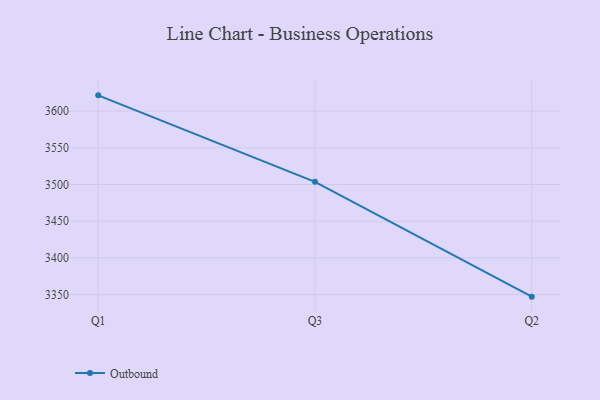
{"axis": {"x": "Quarter", "y": "Market Share (%)"}, "legend": ["Outbound"], "data": [{"x": "Q1", "y": 3621.5, "type": "Outbound"}, {"x": "Q3", "y": 3503.7, "type": "Outbound"}, {"x": "Q2", "y": 3347.2, "type": "Outbound"}]}